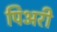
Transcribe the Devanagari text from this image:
पिअरी